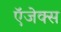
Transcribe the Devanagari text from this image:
ऍजेक्स